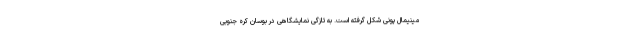
مینیمال پونی شکل گرفته است. به تازگی نمایشگاهی در بوسان کره جنوبی